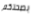
بصحتكم